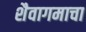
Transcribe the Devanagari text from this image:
शैवागमाचा